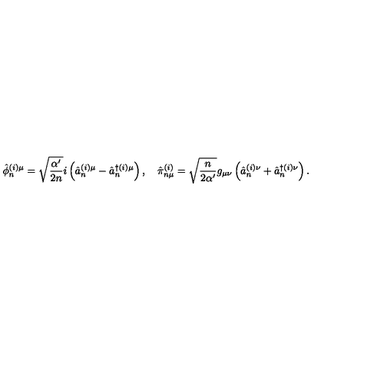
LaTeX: \hat { \phi } _ { n } ^ { ( i ) \mu } = \sqrt { \frac { \alpha ^ { \prime } } { 2 n } } i \left( \hat { a } _ { n } ^ { ( i ) \mu } - \hat { a } _ { n } ^ { \dagger ( i ) \mu } \right) , \quad \hat { \pi } _ { n \mu } ^ { ( i ) } = \sqrt { \frac { n } { 2 \alpha ^ { \prime } } } g _ { \mu \nu } \left( \hat { a } _ { n } ^ { ( i ) \nu } + \hat { a } _ { n } ^ { \dagger ( i ) \nu } \right) .